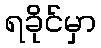
ရခိုင်မှာ